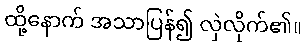
ထို့နောက် အသာပြန်၍ လှဲလိုက်၏။